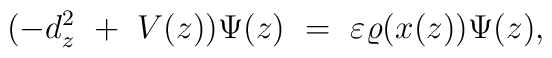
(- d_z ^2 \ + \ V(z) ) \Psi (z) \ = \ \varepsilon \varrho (x(z)) \Psi (z),